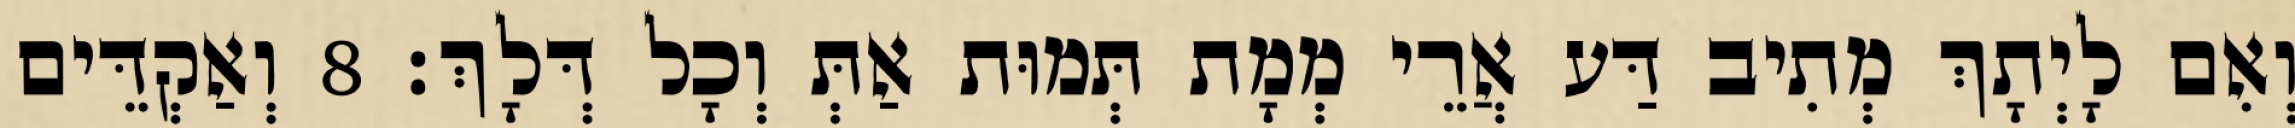
וְאִם לָיְתָךְ מְתִיב דַּע אֲרֵי מְמָת תְּמוּת אַתְּ וְכָל דְּלָךְ׃ 8 וְאַקְדֵּים